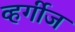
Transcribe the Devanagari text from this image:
व्हर्गीज